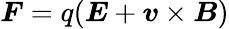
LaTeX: \boldsymbol{F}=q(\boldsymbol{E}+\boldsymbol{v}\times\boldsymbol{B})